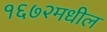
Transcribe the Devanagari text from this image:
१६७२मधील